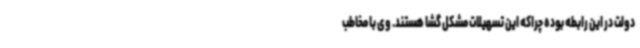
دولت در این رابطه بوده چراکه این تسهیلات مشکل گشا هستند. وی با مخاطب